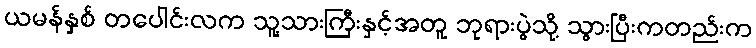
ယမန်နှစ် တပေါင်းလက သူ့သားကြီးနှင့်အတူ ဘုရားပွဲသို့ သွားပြီးကတည်းက